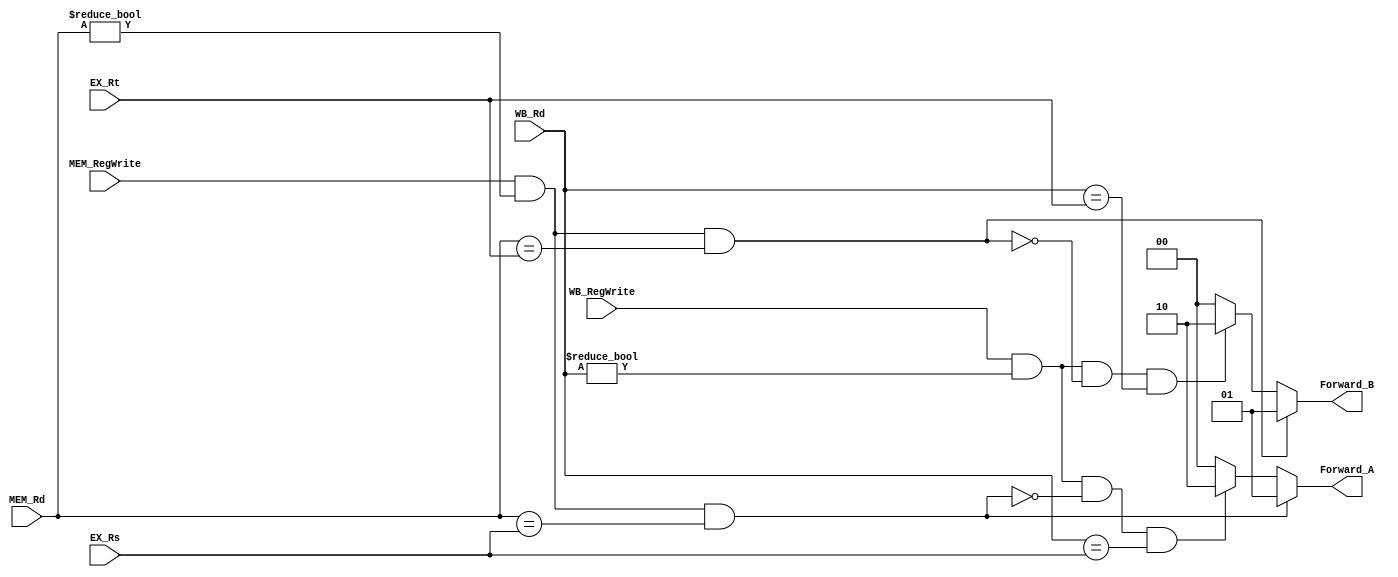
`timescale 1ns / 1ps
//////////////////////////////////////////////////////////////////////////////////
// Company: 
// Engineer: 
// 
// Design Name: 
// Module Name: Forwarding
// Project Name: 
// Target Devices: 
// Tool Versions: 
// Description: 
// 
// Dependencies: 
// 
// Revision:
// Revision 0.01 - File Created
// Additional Comments:
// 
//////////////////////////////////////////////////////////////////////////////////
module Forwarding(
        EX_Rs,
        EX_Rt,
        MEM_Rd,
        MEM_RegWrite,
        WB_Rd,
        WB_RegWrite,
        Forward_A,
        Forward_B
        );

input 	[4:0]	EX_Rs;
input 	[4:0]	EX_Rt;
input 	[4:0]	MEM_Rd;
input 			MEM_RegWrite;
input 	[4:0]	WB_Rd;
input 			WB_RegWrite;
output	[1:0]	Forward_A;
output	[1:0]	Forward_B;

reg 	[1:0]	result_A = 2'b00;
reg 	[1:0]	result_B = 2'b00;

always@(*)begin
	//ID/EX - EX/MEM
	if((MEM_RegWrite) && (MEM_Rd != 0) && (MEM_Rd == EX_Rs)) result_A = 2'b01;
	else if((WB_RegWrite) && (WB_Rd != 0) && (!((MEM_RegWrite) && (MEM_Rd != 0) && (MEM_Rd == EX_Rs))) && (WB_Rd == EX_Rs)) result_A = 2'b10;
	else result_A = 2'b00;
	
	//ID/EX - MEM/WB
	if((MEM_RegWrite) && (MEM_Rd != 0) && (MEM_Rd == EX_Rt)) result_B = 2'b01;
	else if((WB_RegWrite) && (WB_Rd != 0) && (!((MEM_RegWrite) && (MEM_Rd != 0) && (MEM_Rd == EX_Rt))) && (WB_Rd == EX_Rt)) result_B = 2'b10;
	else result_B = 2'b00;
end

assign Forward_A = result_A;
assign Forward_B = result_B;

endmodule